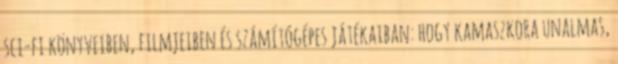
sci-fi könyveiben, filmjeiben és számítógépes játékaiban: hogy kamaszkora unalmas,